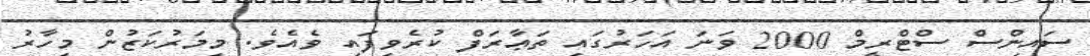
ސައިންސް ސްޓްރީމް 2000 ވަނަ އަހަރުގައި ތަޢާރަފް ކުރެވިފައި ވެއެވެ. މިމަރުކަޒުން މިހާރު